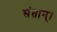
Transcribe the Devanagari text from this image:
संतान्।